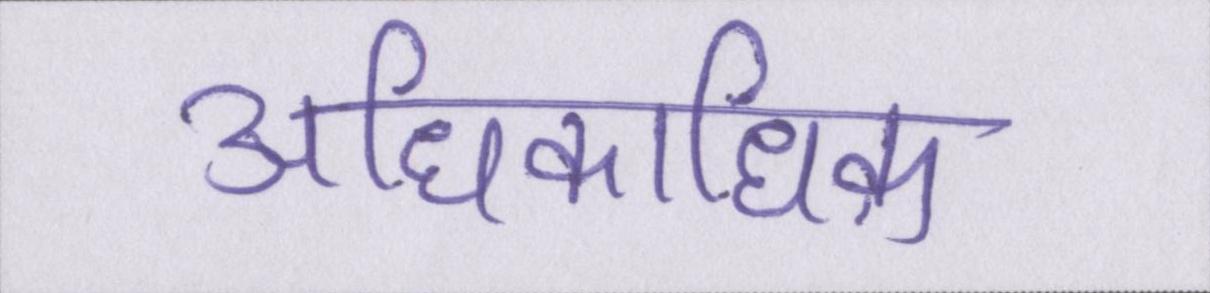
अधिकाधिक